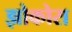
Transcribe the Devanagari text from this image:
झोकोरा